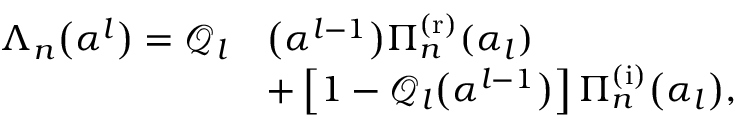
\begin{array} { r l } { \Lambda _ { n } \big ( \boldsymbol { \alpha } ^ { l } \big ) = \mathcal { Q } _ { l } } & { \big ( \boldsymbol { \alpha } ^ { l - 1 } \big ) \Pi _ { n } ^ { \mathrm { ( r ) } } ( \alpha _ { l } ) } \\ & { + \left[ 1 - \mathcal { Q } _ { l } \big ( \boldsymbol { \alpha } ^ { l - 1 } \big ) \right] \Pi _ { n } ^ { \mathrm { ( i ) } } \big ( \alpha _ { l } \big ) , } \end{array}